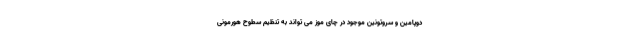
دوپامین و سروتونین موجود در چای موز می تواند به تنظیم سطوح هورمونی